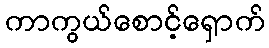
ကာကွယ်စောင့်ရှောက်